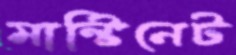
মাল্টিনেট